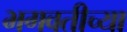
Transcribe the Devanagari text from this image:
भगवतीच्या